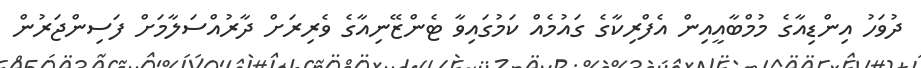
ދުވަހު އިންޑިއާގެ މުމްބާއީއިން އެފްރިކާގެ ގައުމެއް ކަމުގައިވާ ޓެންޒޭނިއާގެ ވެރިރަށް ދާރުއްސަލާމަށް ފަސިންޖަރުން